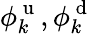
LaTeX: \phi_{k}^{\mathrm{~u~}},\phi_{k}^{\mathrm{~d~}}